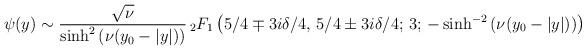
LaTeX: \begin{align*}\psi(y)\sim\frac{\sqrt{\nu}}{\sinh^2\left(\nu(y_0-|y|)\right)}{\,}_2F_1\left(5/4\mp 3i\delta/4,\,5/4\pm3i\delta/4;\,3;\,-\sinh^{-2}\left(\nu(y_0-|y|)\right)\right)\end{align*}